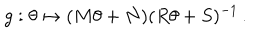
g : \theta \mapsto ( M \theta + N ) ( R \theta + S ) ^ { - 1 } \, .